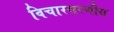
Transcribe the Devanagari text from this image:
विचारसरणीस